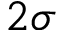
2 \sigma